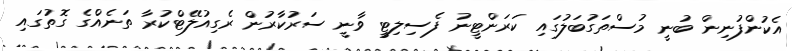
އެކުންފުނިން ބުނީ މުސްތަގުބަލުގައި ކަރަންޓީނު ފެސިލިޓީ ވާނީ ސަރުކާރުން ރެގިއުލޭޓްކުރާ ތަނެއްގެ ގޮތުގައި